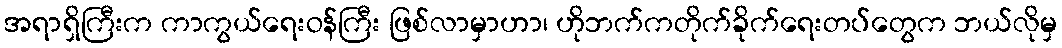
အရာရှိကြီးက ကာကွယ်ရေးဝန်ကြီး ဖြစ်လာမှာဟာ၊ ဟိုဘက်ကတိုက်ခိုက်ရေးတပ်တွေက ဘယ်လိုမှ